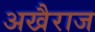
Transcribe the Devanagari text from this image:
अखैराज